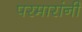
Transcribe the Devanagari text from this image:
परमारांनी